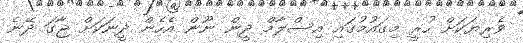
ވެރިޔަކަށް ހުރީ މިގައުމުގައި އިސްލާމް ދީން ނޫން އެހެން ދީނަކަށް ޖާގަ ދޭނެ